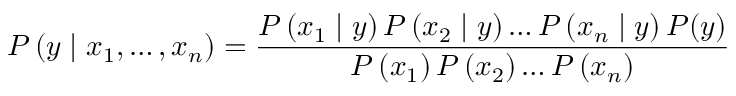
P \left( y \mid x _ { 1 } , \ldots , x _ { n } \right) = \frac { P \left( x _ { 1 } \mid y \right) P \left( x _ { 2 } \mid y \right) \ldots P \left( x _ { n } \mid y \right) P ( y ) } { P \left( x _ { 1 } \right) P \left( x _ { 2 } \right) \ldots P \left( x _ { n } \right) }